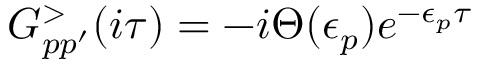
G _ { p p ^ { \prime } } ^ { > } ( i \tau ) = - i \Theta ( \epsilon _ { p } ) e ^ { - \epsilon _ { p } \tau }